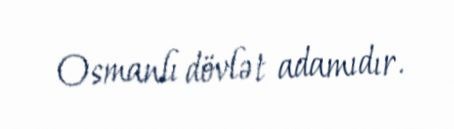
Osmanlı dövlət adamıdır.